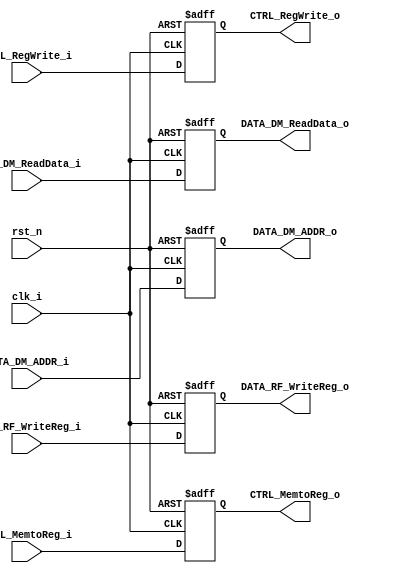
module PIPELINE_MEMWB(
	clk_i,
	rst_n,
	CTRL_RegWrite_i,
	CTRL_MemtoReg_i,
	DATA_DM_ReadData_i,
	DATA_DM_ADDR_i,
	DATA_RF_WriteReg_i,
	CTRL_RegWrite_o,
	CTRL_MemtoReg_o,
	DATA_DM_ReadData_o,
	DATA_DM_ADDR_o,
	DATA_RF_WriteReg_o
	);

input wire 				clk_i, rst_n;
input wire  			CTRL_RegWrite_i, CTRL_MemtoReg_i;
input wire 	[32-1:0]	DATA_DM_ReadData_i, DATA_DM_ADDR_i;
input wire 	[5-1:0]		DATA_RF_WriteReg_i;

output reg  			CTRL_RegWrite_o, CTRL_MemtoReg_o;
output reg 	[32-1:0]	DATA_DM_ReadData_o, DATA_DM_ADDR_o;
output reg 	[5-1:0]		DATA_RF_WriteReg_o;

always @(posedge clk_i or negedge rst_n) begin
	if (!rst_n) begin
		CTRL_RegWrite_o		<= 0;
		CTRL_MemtoReg_o		<= 0;

		DATA_DM_ReadData_o	<= 32'd0;
		DATA_DM_ADDR_o		<= 32'd0;
		DATA_RF_WriteReg_o	<= 5'd0;
	end else begin
		CTRL_RegWrite_o		<= CTRL_RegWrite_i;
		CTRL_MemtoReg_o		<= CTRL_MemtoReg_i;

		DATA_DM_ReadData_o	<= DATA_DM_ReadData_i;
		DATA_DM_ADDR_o		<= DATA_DM_ADDR_i;
		DATA_RF_WriteReg_o	<= DATA_RF_WriteReg_i;
	end
end

endmodule